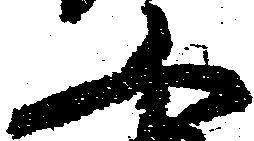
又